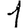
Digit: 1